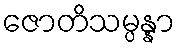
ဇောတိသမ္ပန္နာ